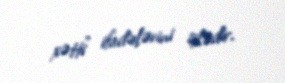
xətti” ifadələrini işlədir.